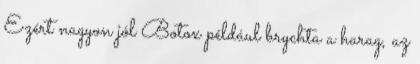
Ezért nagyon jól Botox például brychta a harag, az